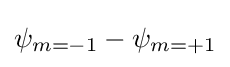
\psi _{m=-1}-\psi _{m=+1}